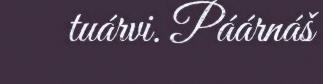
tuárvi. Páárnáš